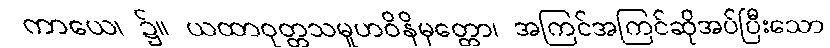
ကာယေ၊ ၌။ ယထာဝုတ္တသမူဟဝိနိမုတ္တော၊ အကြင်အကြင်ဆိုအပ်ပြီးသော